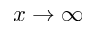
x \rightarrow \infty